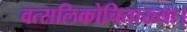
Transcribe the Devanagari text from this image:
वत्सलिकोचिताख्या।